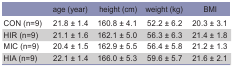
<table><thead><tr><td></td><td><b>age (year)</b></td><td><b>height (cm)</b></td><td><b>weight (kg)</b></td><td><b>BMI</b></td></tr></thead><tbody><tr><td>CON (n=9)</td><td>21.8 ± 1.4</td><td>160.8 ± 4.1</td><td>52.2 ± 6.2</td><td>20.3 ± 3.1</td></tr><tr><td>HIR (n=9)</td><td>21.1 ± 1.6</td><td>162.1 ± 5.0</td><td>56.3 ± 6.3</td><td>21.4 ± 1.8</td></tr><tr><td>MIC (n=9)</td><td>20.4 ± 1.5</td><td>162.9 ± 5.5</td><td>56.4 ± 5.8</td><td>21.2 ± 1.3</td></tr><tr><td>HIA (n=9)</td><td>22.1 ± 1.4</td><td>166.0 ± 5.3</td><td>59.6 ± 5.7</td><td>21.6 ± 2.1</td></tr></tbody></table>